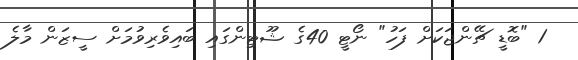
1 "ބޮޑީ ޗޭންޖަކަށް ފަހު" ނޯޓީ 40ގެ ޝޫޓިންގައި ބައިވެރިވުމަށް ސީޒަން މާލެ